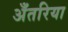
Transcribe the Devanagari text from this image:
अँतरिया